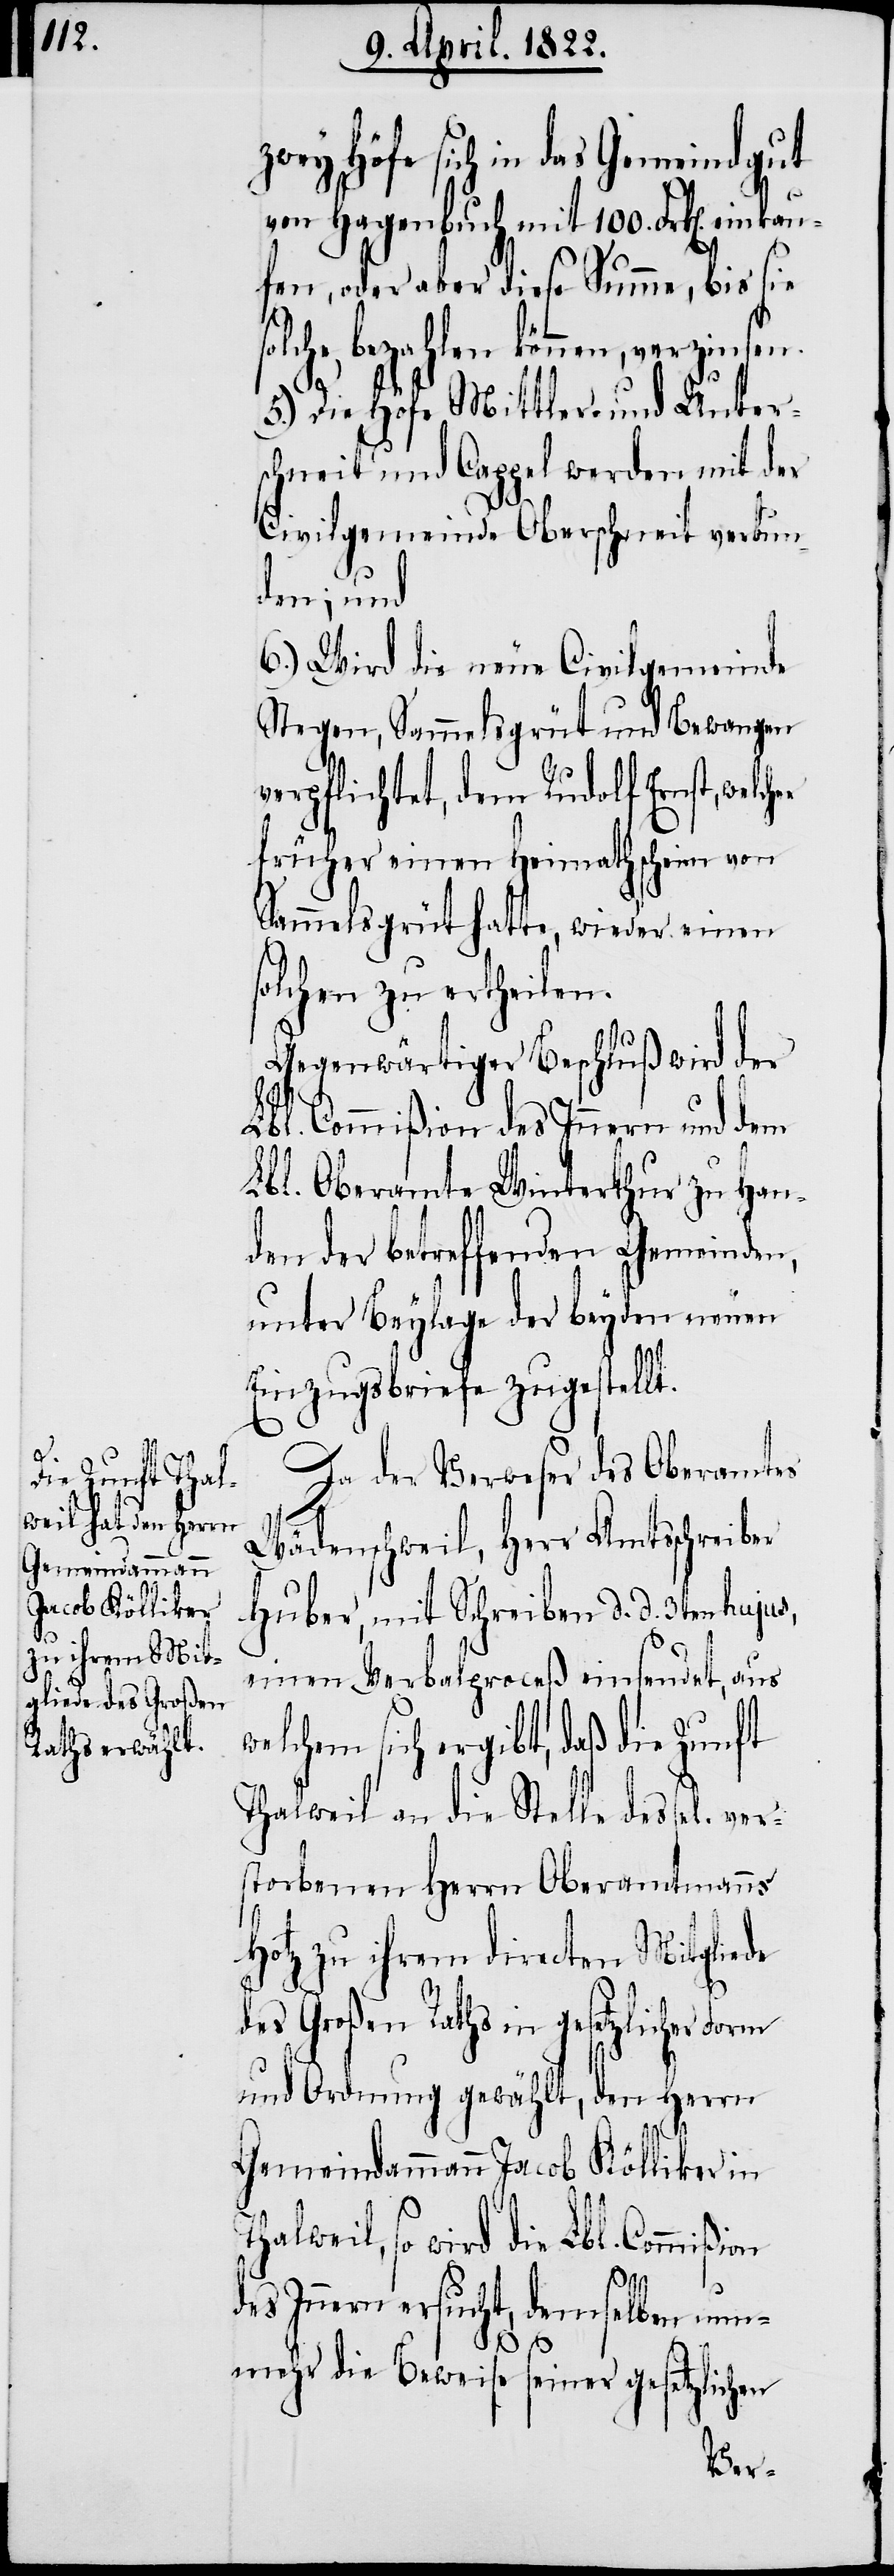
ßion

zwey Höfe sich in das Gemeindgut
von Hagenbuch mit 100. Frk[en]. ein¬
fen, oder aber diese Summe, bis sie
olche bezahlen können, verzinsen.
5.) Die Höfe Mittler- und Unter¬
schneit und Cappel werden mit der
Civilgemeinde Oberschneit verbun¬
den; und
6.) Wird die neue Civilgemeinde
Stegen, Semmelsgrüt und Bewangen
verpflichtet, dem Rudolf Ernst, welc¬
früher einen Heimathschein von
Semmelsgrüt hatte, wieder einen
solchen zu ertheilen.
Gegenwärtiger Beschluß wird der
Lbl. Commißion des Innern und dem
Lbl. Oberamte Winterthur zu Han¬
den der betreffenden Gemeinden,
unter Beylage der beyden neuen
Einzugsbriefe zugestellt.
Da der Verweser des Oberamtes
Wädenschweil, Herr Amtsschreiber
Huber, mit Schreiben d. d. 3ten hujus,
einen Verbalproceß einsendet, aus
welchem sich ergibt, daß die Zunft
Thalweil an die Stelle des sel. ver¬
storbenen Herrn Oberamtmanns
Hotz zu ihrem directen Mitgliede
Th¬
des Großen Raths in gesetzlicher Form
und Ordnung gewählt, den Herrn
Gemeindammann Jacob Kölliker in
alweil, so wird die Lbl. Commi¬
des Innern ersucht, demselben nun¬
s¬
mehr die Beweise seiner gesetzlichen